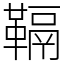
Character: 䩹